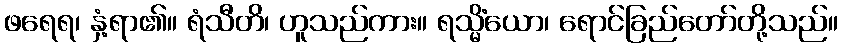
ဖရေရ၊ နှံ့ရာ၏။ ရံသီတိ၊ ဟူသည်ကား။ ရသ္မိံယော၊ ရောင်ခြည်တော်တို့သည်။